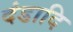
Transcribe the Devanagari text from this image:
दंडादि